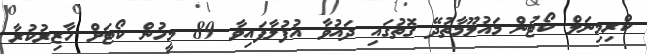
ކްރިމިނަލް ކޯޓުން މައުލޫމާތުދޭ ގޮތުގައި ދައުވާ އުފުލާފައިވާ 89 މީހުން ކޯޓަށް ހާޒިރުކުރާ